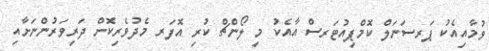
ވުމާއިއެކު ޕަރސަނަލް ކޮމްޕިއުޓަރސް އާއެކު މި ލޯންޗް ކުރި އޮފަރ މެދުވެރިކޮށް ދަރިވަރުންނަށާއި